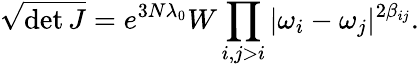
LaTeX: \sqrt{\operatorname*{det}J}=e^{3N\lambda_{0}}W\prod_{i,j>i}|\omega_{i}-\omega_{j}|^{2\beta_{ij}}.